Annual report on the working of the Harcourt Butler Institute of Public Health, Rangoon
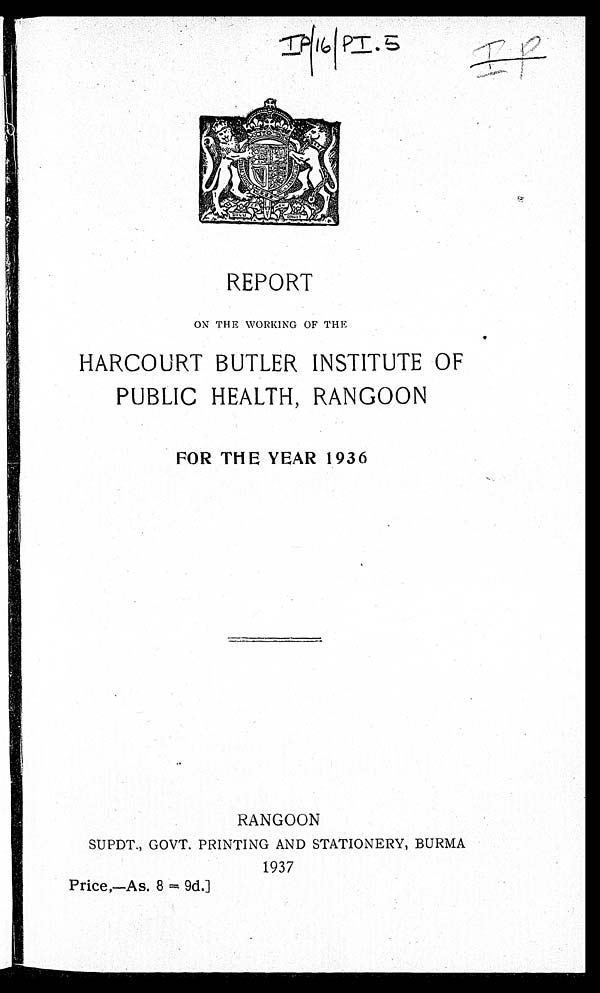
IP/16/PI. 5
REPORT
ON THE WORKING OF THE
HARCOURT BUTLER INSTITUTE OF
PUBLIC HEALTH, RANGOON
FOR TH E YEAR 1936
RANGOON
SUPDT., GOVT. PRINTING AND STATIONERY, BURMA
1937
Price,—As. 8 = 9d.]